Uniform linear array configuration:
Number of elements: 24
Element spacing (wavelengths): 0.25
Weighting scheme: uniform
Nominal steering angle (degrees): -30
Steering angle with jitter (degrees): -29.36
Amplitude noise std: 0.05
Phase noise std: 0.05

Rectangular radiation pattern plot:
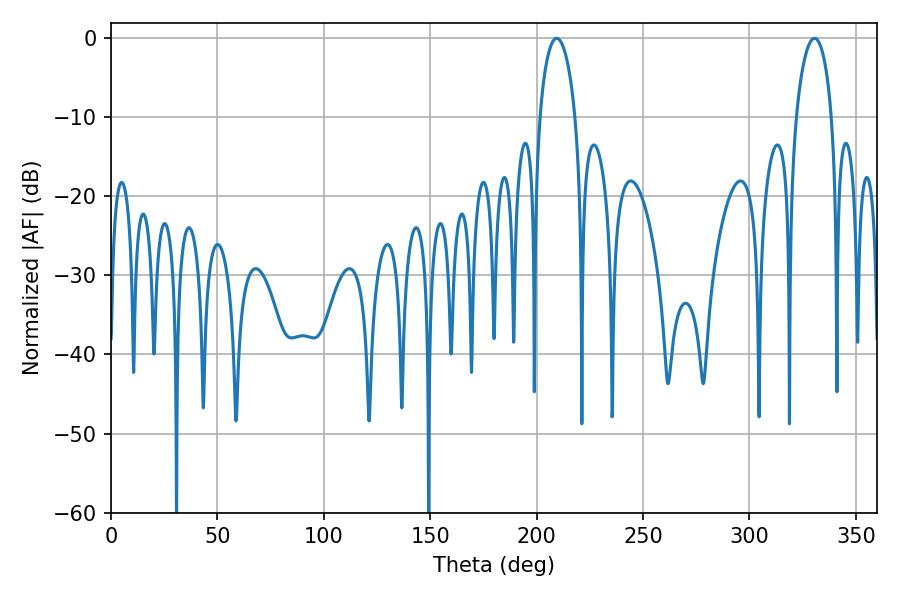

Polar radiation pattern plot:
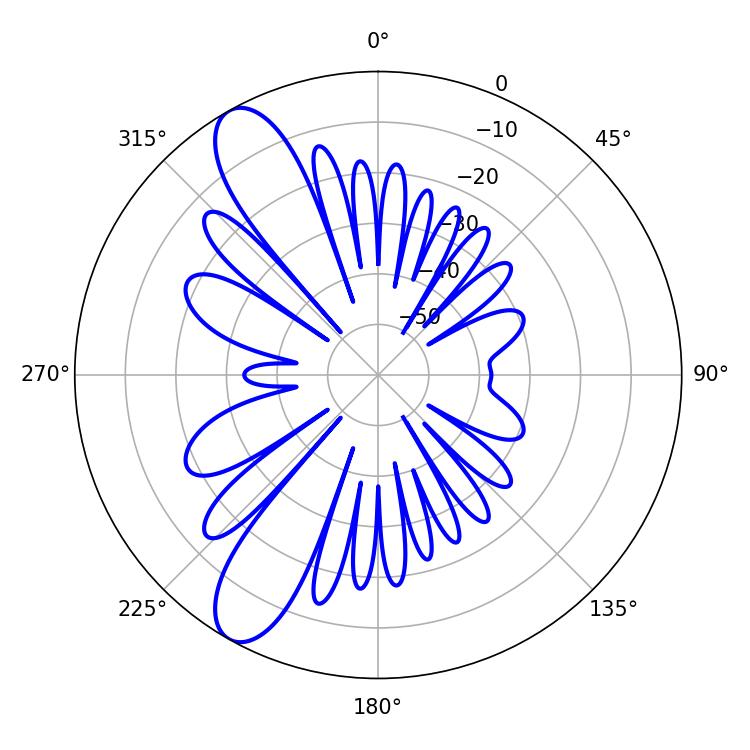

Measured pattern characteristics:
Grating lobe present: FALSE
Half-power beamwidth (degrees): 9.54
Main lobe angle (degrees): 209.34